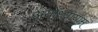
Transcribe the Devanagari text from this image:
अयोध्यायाम्